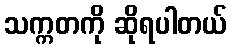
သက္ကတကို ဆိုရပါတယ်